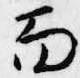
面